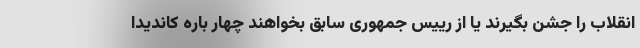
انقلاب را جشن بگیرند یا از رییس جمهوری سابق بخواهند چهار باره کاندیدا